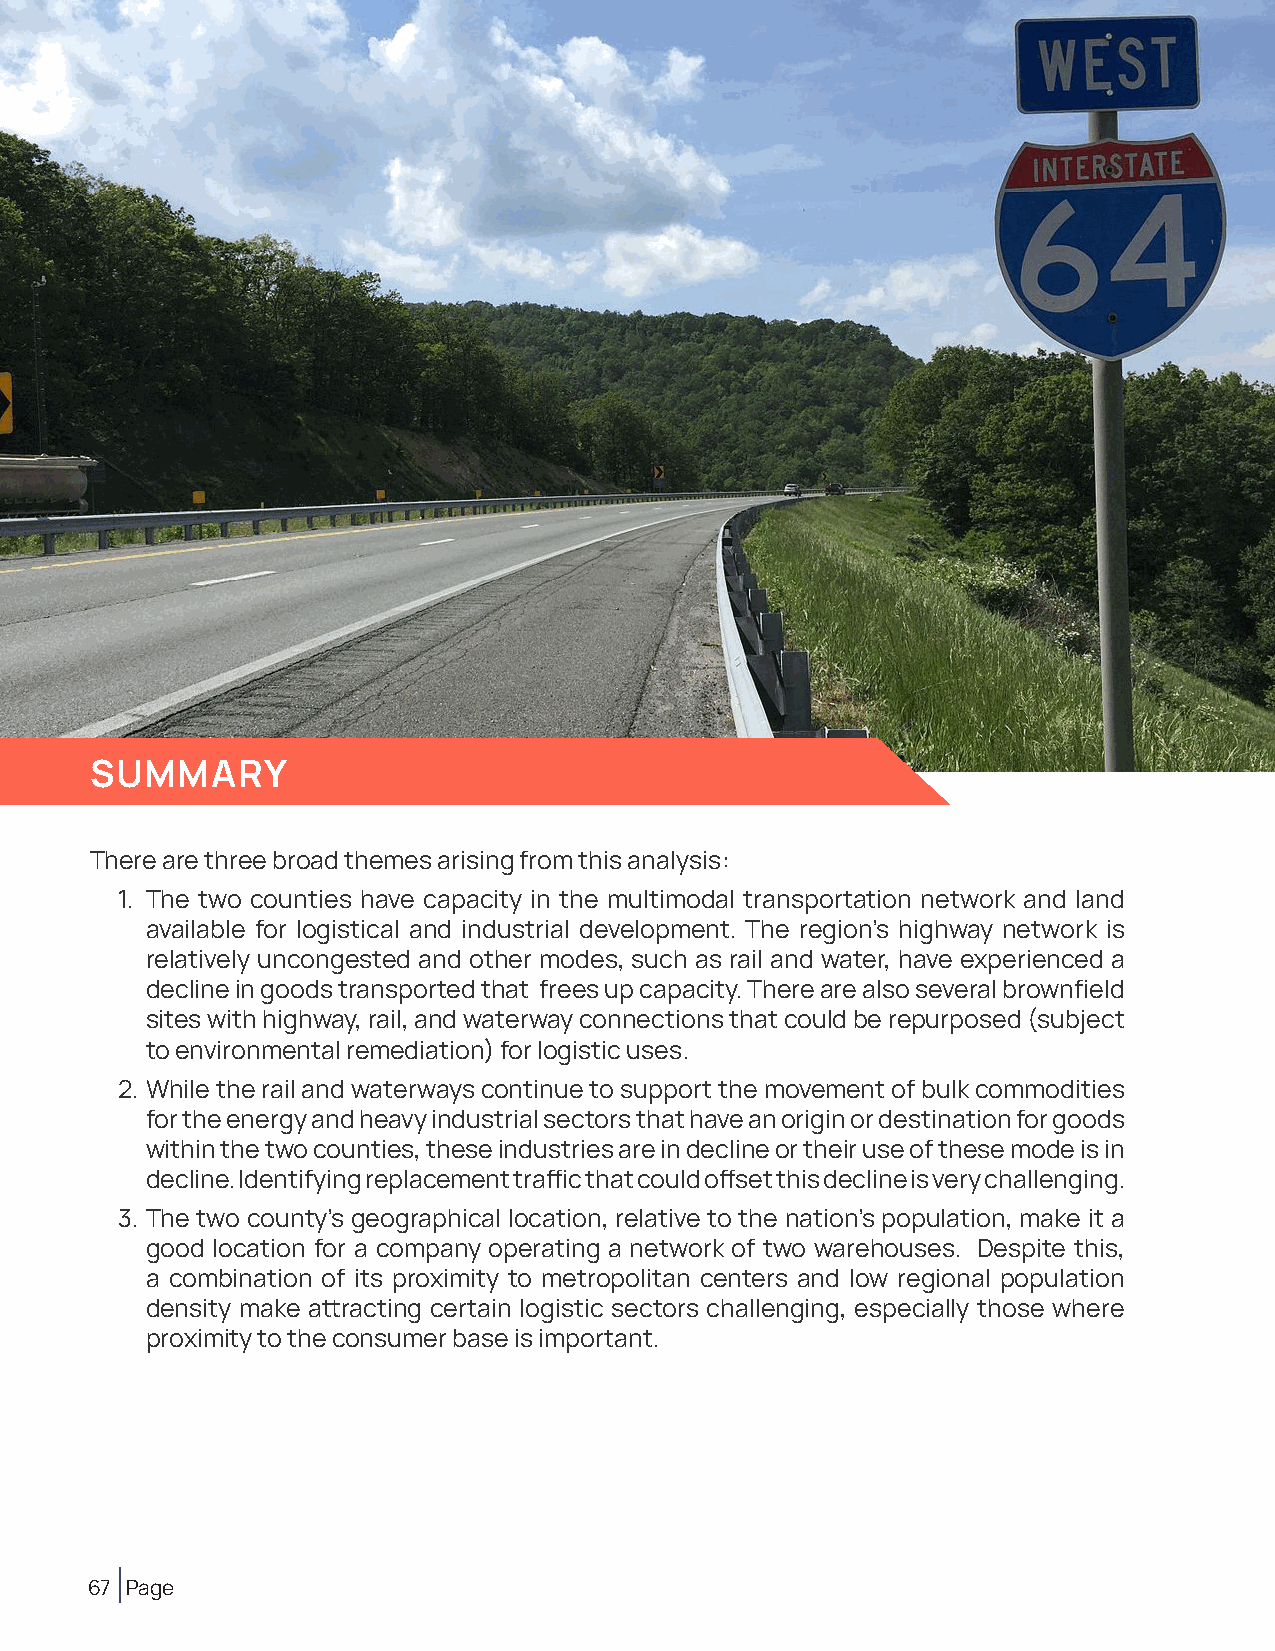
Chapter 3: SWOT Analysis
 SUMMARY
 There are three broad themes arising from this analysis:
 1. The two counties have capacity in the multimodal transportation network and land
 available for logistical and industrial development. The region’s highway network is
 relatively uncongested and other modes, such as rail and water, have experienced a
 decline in goods transported that frees up capacity. There are also several brownfield
 sites with highway, rail, and waterway connections that could be repurposed (subject
 to environmental remediation) for logistic uses.
 2. While the rail and waterways continue to support the movement of bulk commodities
 for the energy and heavy industrial sectors that have an origin or destination for goods
 within the two counties, these industries are in decline or their use of these mode is in
 decline. Identifying replacement traffic that could offset this decline is very challenging.
 3. The two county’s geographical location, relative to the nation’s population, make it a
 good location for a company operating a network of two warehouses. Despite this,
 a combination of its proximity to metropolitan centers and low regional population
 density make attracting certain logistic sectors challenging, especially those where
 proximity to the consumer base is important.
 67 Page